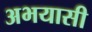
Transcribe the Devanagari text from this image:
अभयासी